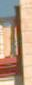
-